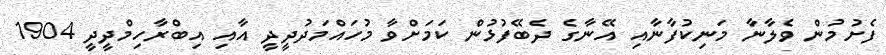
ފެށުމުން ވެލާނާ މަނިކުފާނާއި އޭނާގެ ދެބޭފުޅުން ކަމަށްވާ މުހައްމަދުދީދީ އާއި އިބްރާހިމްދީދީ 1904